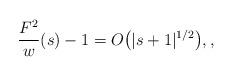
LaTeX: \begin{gather*}\frac{F^2}{w}(s) - 1 = O\big(\vert s + 1\vert^{1/2}\big), ,\end{gather*}